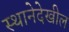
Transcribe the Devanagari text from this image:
स्थानेदेखील